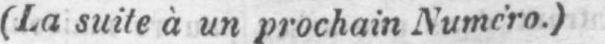
(La suite à un prochain Numéro.)